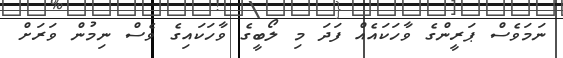
ނަމަވެސް ޕަރީންގެ ވާހަކައެއް ފަދަ މި ލޯބީގެ ވާހަކައިގެ ވެސް ނިމުން ވަރަށް